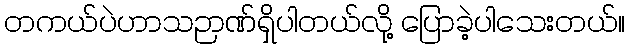
တကယ်ပဲဟာသဉာဏ်ရှိပါတယ်လို့ ပြောခဲ့ပါသေးတယ်။